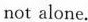
noτ alone.